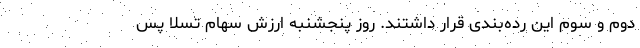
دوم و سوم این رده‌بندی قرار داشتند. روز پنجشنبه ارزش سهام تسلا پس